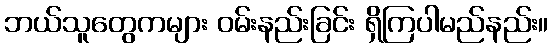
ဘယ်သူတွေကများ ဝမ်းနည်းခြင်း ရှိကြပါမည်နည်း။